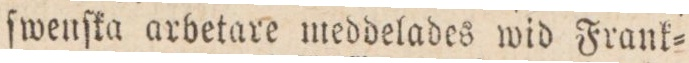
ſwenſka arbetare meddelades wid Frank=